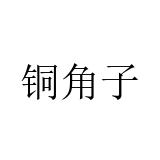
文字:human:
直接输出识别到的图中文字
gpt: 铜角子